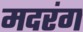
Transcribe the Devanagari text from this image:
मदरंग